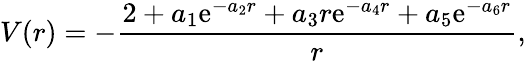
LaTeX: V(r)=-\frac{2+a_{1}\mathrm{e}^{-a_{2}r}+a_{3}r\mathrm{e}^{-a_{4}r}+a_{5}\mathrm{e}^{-a_{6}r}}{r},